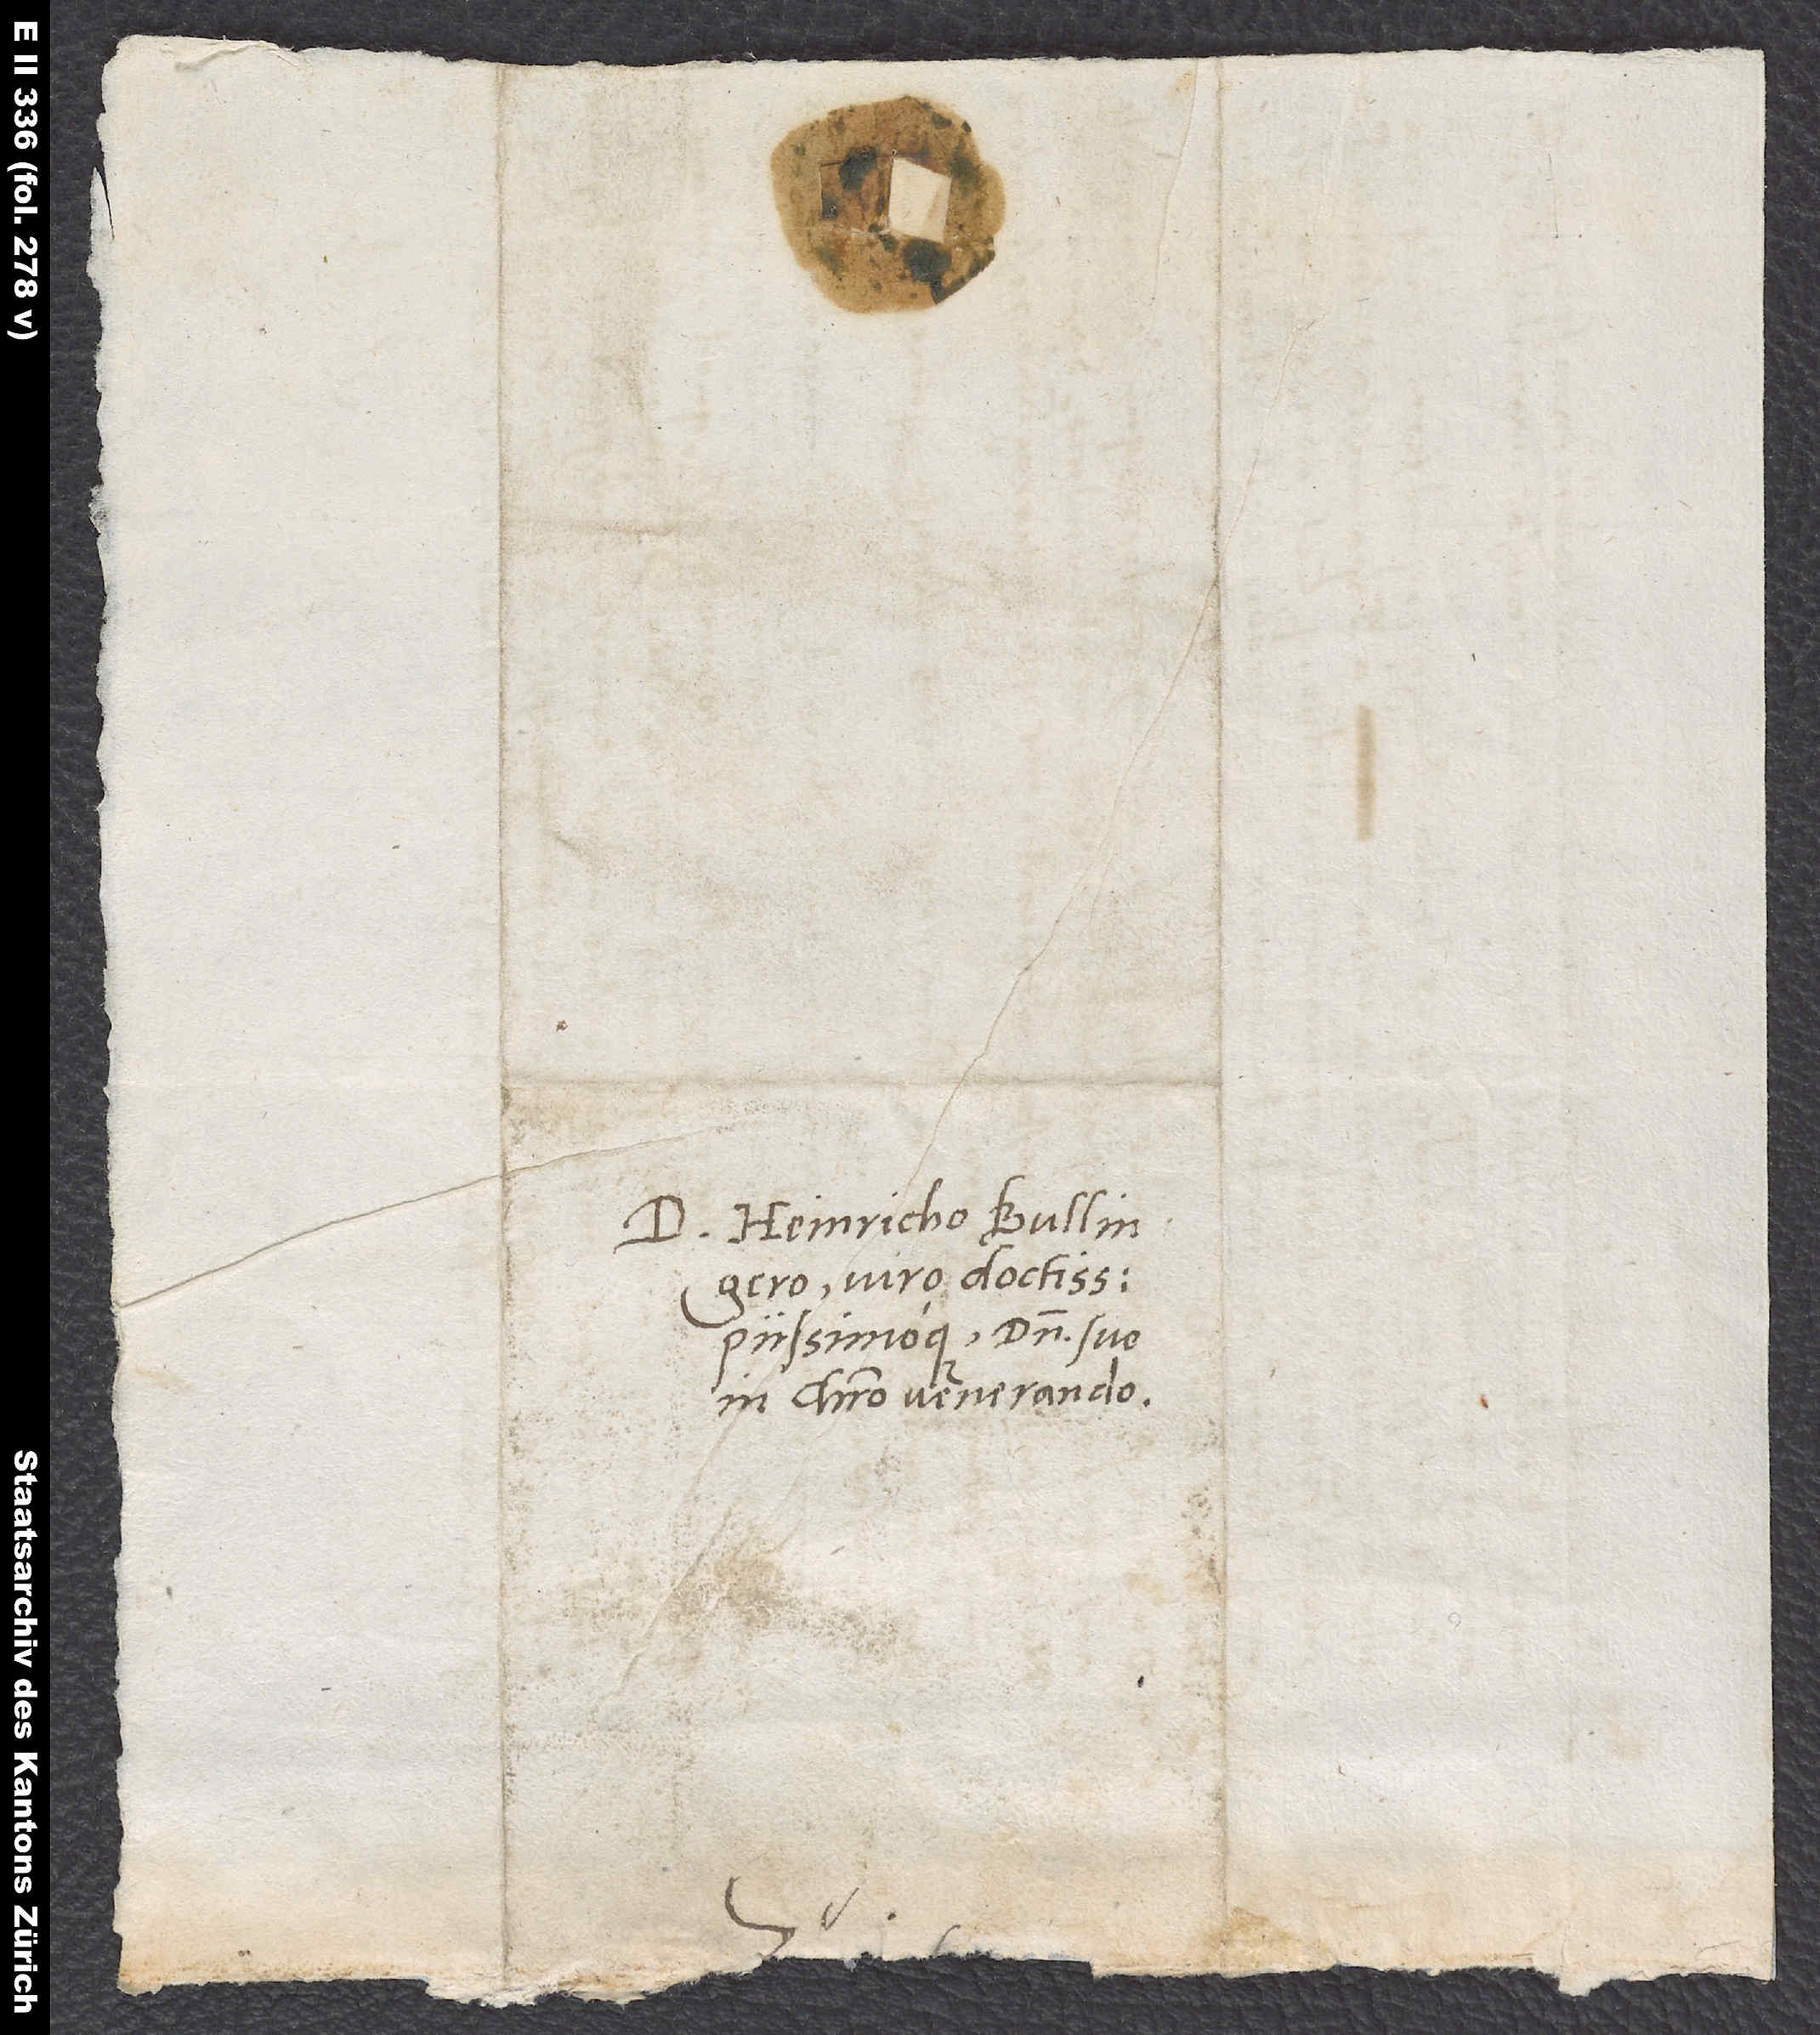
S.

D. Heinricho Bullingero,
victo doctissimo
piissimoque, domino suo
in Christo venerando.